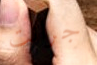
جرانت